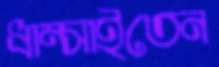
ধাম্‌সাইতেন